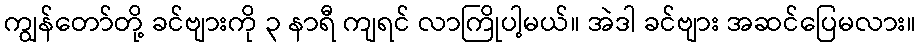
ကျွန်တော်တို့ ခင်ဗျားကို ၃ နာရီ ကျရင် လာကြိုပါ့မယ်။ အဲဒါ ခင်ဗျား အဆင်ပြေမလား။